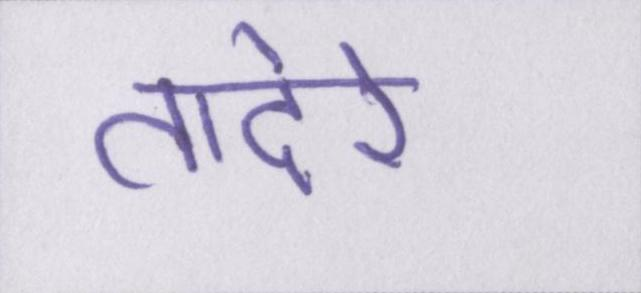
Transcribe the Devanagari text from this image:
तादेरे